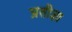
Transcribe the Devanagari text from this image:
प्रतीज्ञा